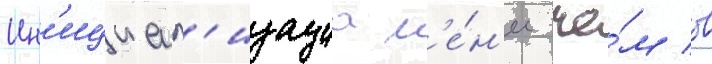
Ин'ициал'изациа м'е́н'ее че́м в